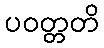
ပဝတ္တတိ